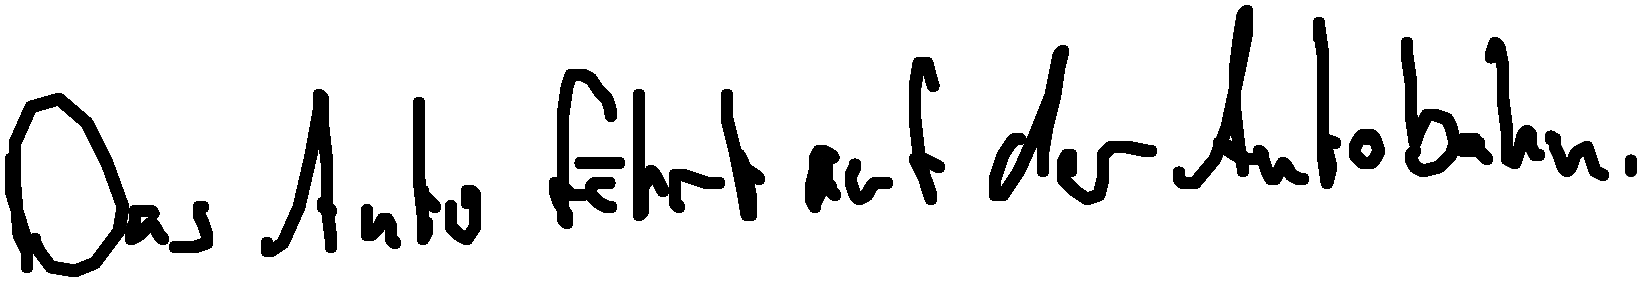
Das Auto fährt auf der Autobahn.